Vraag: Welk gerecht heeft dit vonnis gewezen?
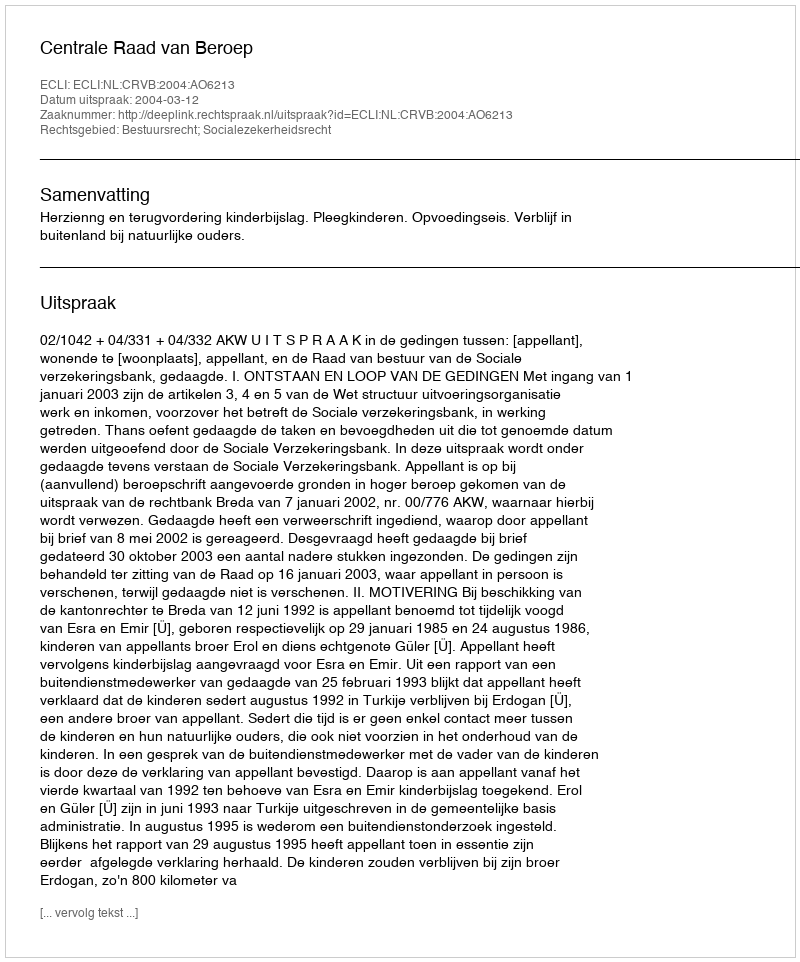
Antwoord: Centrale Raad van Beroep